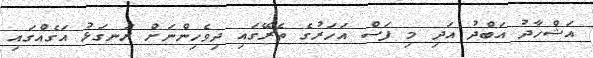
އަޝްހާދު އަބްދު އަދި މި ފަސް އަހަރުގެ ތެރޭގައި ދިވެހިންނަށް ރަނގަޅު އަގެއްގައި